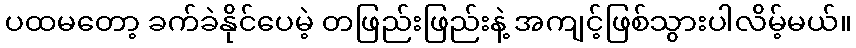
ပထမတော့ ခက်ခဲနိုင်ပေမဲ့ တဖြည်းဖြည်းနဲ့ အကျင့်ဖြစ်သွားပါလိမ့်မယ်။